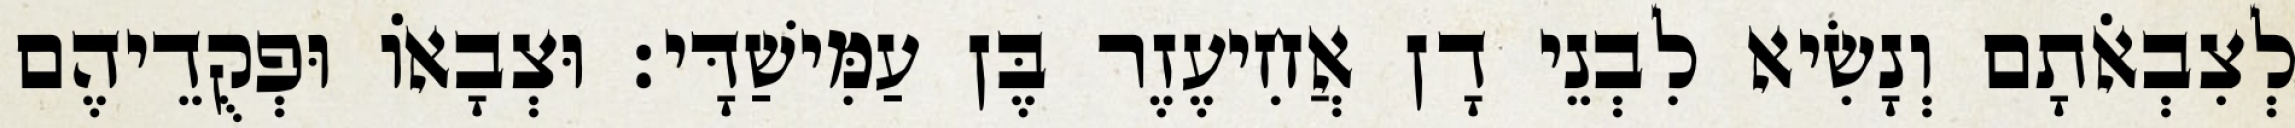
לְצִבְאֹתָם וְנָשִׂיא לִבְנֵי דָן אֲחִיעֶזֶר בֶּן עַמִּישַׁדָּי׃ וּצְבָאוֹ וּפְקֻדֵיהֶם